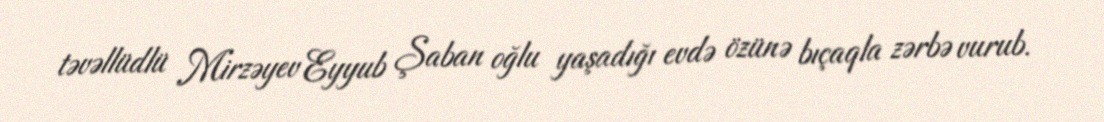
təvəllüdlü Mirzəyev Eyyub Şaban oğlu yaşadığı evdə özünə bıçaqla zərbə vurub.